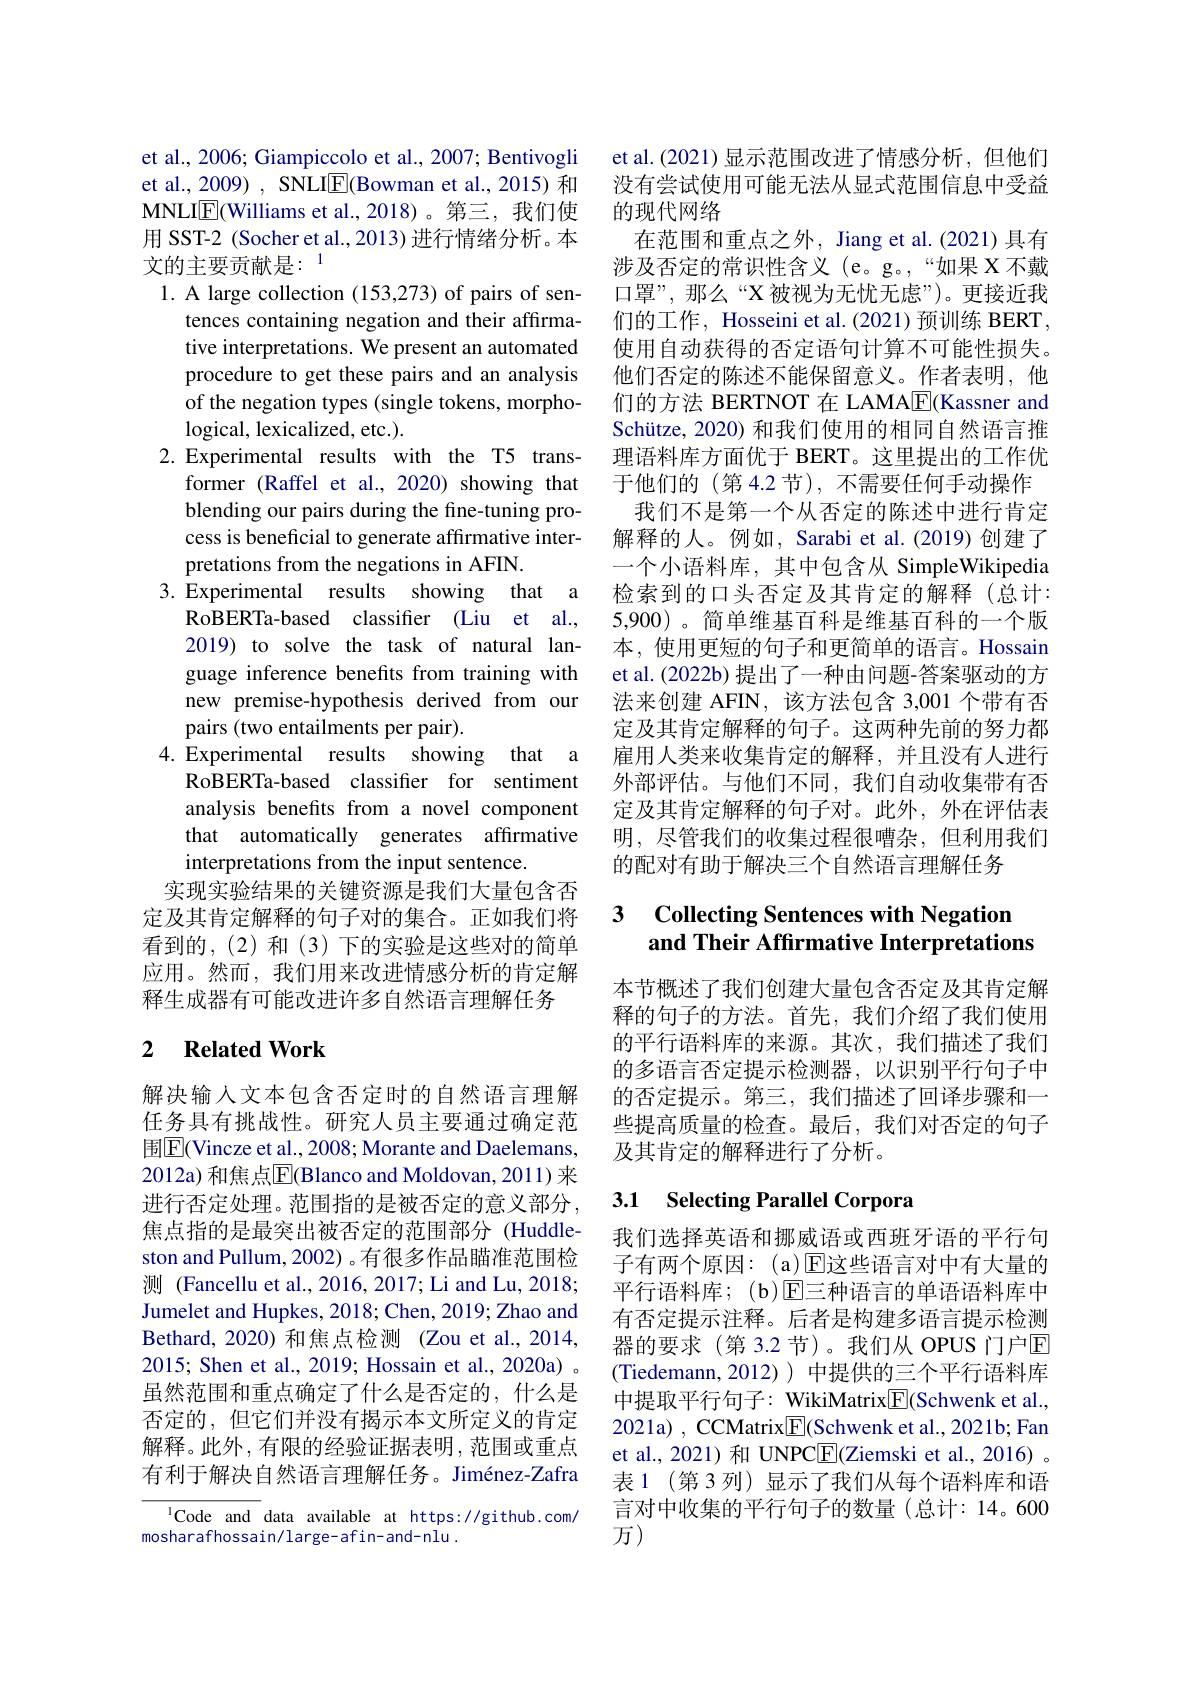
et al., 2006; Giampiccolo et al., 2007; Bentivogli et al., 2009) , SNLI$\underline{\mathrm{E}}($Bowman et al., 2015) 和MNLIE(Williams et al.,2018)。第三，我们使用 SST-2 (Socher et al., 2013) 进行情绪分析。本文的主要贡献是：$^{1}$
1. A large collection (153,273) of pairs of sen-
tences containing negation and their affirmative interpretations. We present an automated procedure to get these pairs and an analysis of the negation types (single tokens, morphological, lexicalized, etc. ).
2.Experimental results with the T5 trans-
former (Raffel et al., 2020) showing that blending our pairs during the fine-tuning process is beneficial to generate affirmative interpretations from the negations in AFIN.
3. Experimental results showing that a
RoBERTa-based classifier (Liu et al., 2019) to solve the task of natural language inference benefits from training with new premise-hypothesis derived from our pairs (two entailments per pair).
4.Experimental results showing that a
RoBERTa-based classifier for sentiment analysis benefits from a novel component that automatically generates affirmative interpretations from the input sentence.
实现实验结果的关键资源是我们大量包含否定及其肯定解释的句子对的集合。正如我们将看到的，(2)和(3)下的实验是这些对的简单应用。然而，我们用来改进情感分析的肯定解释生成器有可能改进许多自然语言理解任务

## 2 $\textbf{Related Work}$

解决输人文本包含否定时的自然语言理解任务具有挑战性。研究人员主要通过确定范围$\boxed{\mathrm{E}}($Vincze et al., 2008; Morante and Daelemans, 2012a) 和焦点$\overline{\mathrm{E}}($Blanco and Moldovan, 2011) 来进行否定处理。范围指的是被否定的意义部分， 焦点指的是最突出被否定的范围部分 (Huddleston and Pullum, 2002) 。有很多作品瞄准范围检测 (Fancellu et al., 2016, 2017; Li and Lu, 2018; Jumelet and Hupkes, 2018; Chen, 2019; Zhao and Bethard, 2020) 和焦点检测 (Zou et al., 2014, 2015; Shen et al., 2019; Hossain et al., 2020a) 。虽然范围和重点确定了什么是否定的，什么是否定的，但它们并没有揭示本文所定义的肯定解释。此外，有限的经验证据表明，范围或重点有利于解决自然语言理解任务。Jiménez-Zafra

lCode and data available at https://github.com/
mosharafhossain/large-afin-and-nlu.

et al.(2021) 显示范围改进了情感分析，但他们没有尝试使用可能无法从显式范围信息中受益的现代网络
在范围和重点之外，Jiang et al.(2021)具有涉及否定的常识性含义(e。g。,“如果 X不戴口罩”,那么“X被视为无忧无虑”)。更接近我们的工作，Hosseini et al.(2021)预训练 BERT, 使用自动获得的否定语句计算不可能性损失。他们否定的陈述不能保留意义。作者表明，他们的方法 BERTNOT 在 LAMAE(Kassner and Schütze, 2020) 和我们使用的相同自然语言推理语料库方面优于 BERT。这里提出的工作优于他们的(第4.2 节),不需要任何手动操作我们不是第一个从否定的陈述中进行肯定解释的人。例如，Sarabi et al.(2019)创建了一个小语料库，其中包含从 SimpleWikipedia 检索到的口头否定及其肯定的解释(总计： 5,900)。简单维基百科是维基百科的一个版本，使用更短的句子和更简单的语言。Hossain et al. (2022b) 提出了一种由问题-答案驱动的方法来创建 AFIN,该方法包含 3,001 个带有否定及其肯定解释的句子。这两种先前的努力都雇用人类来收集肯定的解释，并且没有人进行外部评估。与他们不同，我们自动收集带有否定及其肯定解释的句子对。此外，外在评估表明，尽管我们的收集过程很嘈杂，但利用我们的配对有助于解决三个自然语言理解任务

## 3 $\textbf{Collecting Sentences with Negation}$ and Their Affirmative Interpretations

本节概述了我们创建大量包含否定及其肯定解释的句子的方法。首先，我们介绍了我们使用的平行语料库的来源。其次，我们描述了我们的多语言否定提示检测器，以识别平行句子中的否定提示。第三，我们描述了回译步骤和一些提高质量的检查。最后，我们对否定的句子及其肯定的解释进行了分析。

# 3.1 Selecting Parallel Corpora

我们选择英语和挪威语或西班牙语的平行句子有两个原因：(a)$\overline{\mathrm{E}}$这些语言对中有大量的平行语料库；(b)$\operatorname{E}$三种语言的单语语料库中有否定提示注释。后者是构建多语言提示检测器的要求(第 3.2 节)。我们从 OPUS 门户回(Tiedemann,2012))中提供的三个平行语料库中提取平行句子：WikiMatrix$\boxed{\mathrm{F}}$(Schwenk et al., 2021a) , CCMatrix$\boxed{\mathrm{F}}$(Schwenk et al., 2021b; Fan et al., 2021) 和 UNPC$\boxed{\mathrm{F}}($Ziemski et al., 2016) 。表 1 (第 3 列) 显示了我们从每个语料库和语言对中收集的平行句子的数量(总计：14。600万)